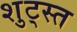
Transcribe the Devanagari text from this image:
शुट्स्त